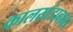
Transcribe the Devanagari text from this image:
कालखंडाबाबत